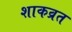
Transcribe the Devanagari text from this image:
शाकव्रत